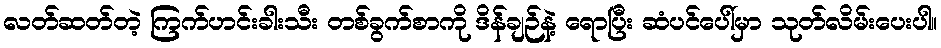
လတ်ဆတ်တဲ့ ကြက်ဟင်းခါးသီး တစ်ခွက်စာကို ဒိန်ချဉ်နဲ့ ရောပြီး ဆံပင်ပေါ်မှာ သုတ်လိမ်းပေးပါ။